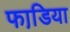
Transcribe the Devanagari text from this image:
फाडि़या